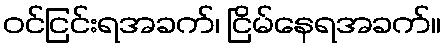
ဝင်ငြင်းရအခက်၊ ငြိမ်နေရအခက်။